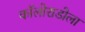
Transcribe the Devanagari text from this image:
कॉलोराडोला